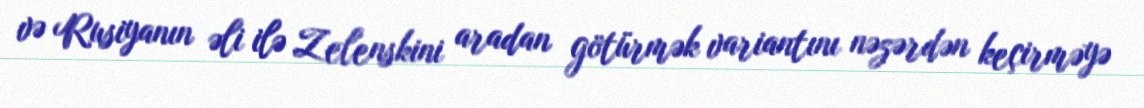
və Rusiyanın əli ilə Zelenskini aradan götürmək variantını nəzərdən keçirməyə